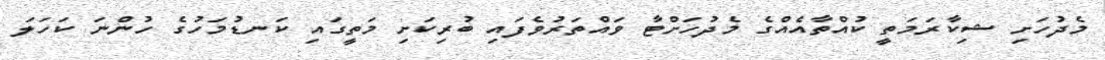
މެދުހަށި ޝިކާރަމަތީ ކުއްތާއެއްގެ މެދުހަށްޓާ ވައްތަރުވެފައި ބުރިކަށި މަތީގައި ކަނޑުމަހުގެ ހުންނަ ކަހަލަ